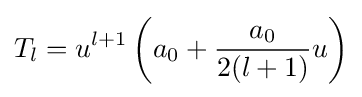
T_{l}=u^{l+1}\left(a_{0}+{\frac {a_{0}}{2(l+1)}}u\right)